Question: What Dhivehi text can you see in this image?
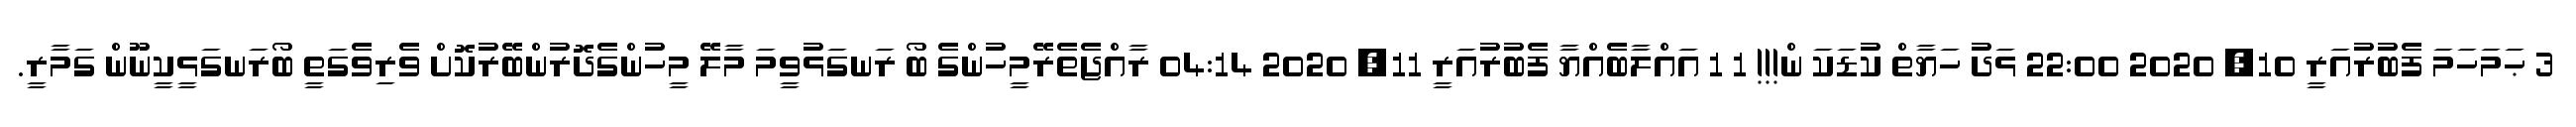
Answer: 3 ޙަމަހަމަ ފެބުރުއަރީ 10, 2020 22:00 ޅަދު ހަޔާތް ކުޑަކަ ން!!! 1 1 އައްލާބެއްޔާ ފެބުރުއަރީ 11, 2020 04:14 ރާއްޖެތެރޭމީހުންގެ ބޯ ރަނގަޅުވީމަ މާލޭ މީހުންގެދޮރުންބޭރުކޮށް ވެރިވެގަތީ ބޯރަނގަޅީކީނޫން ގަމާރީ.